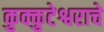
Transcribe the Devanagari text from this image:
कुक्कुटेश्वराचे